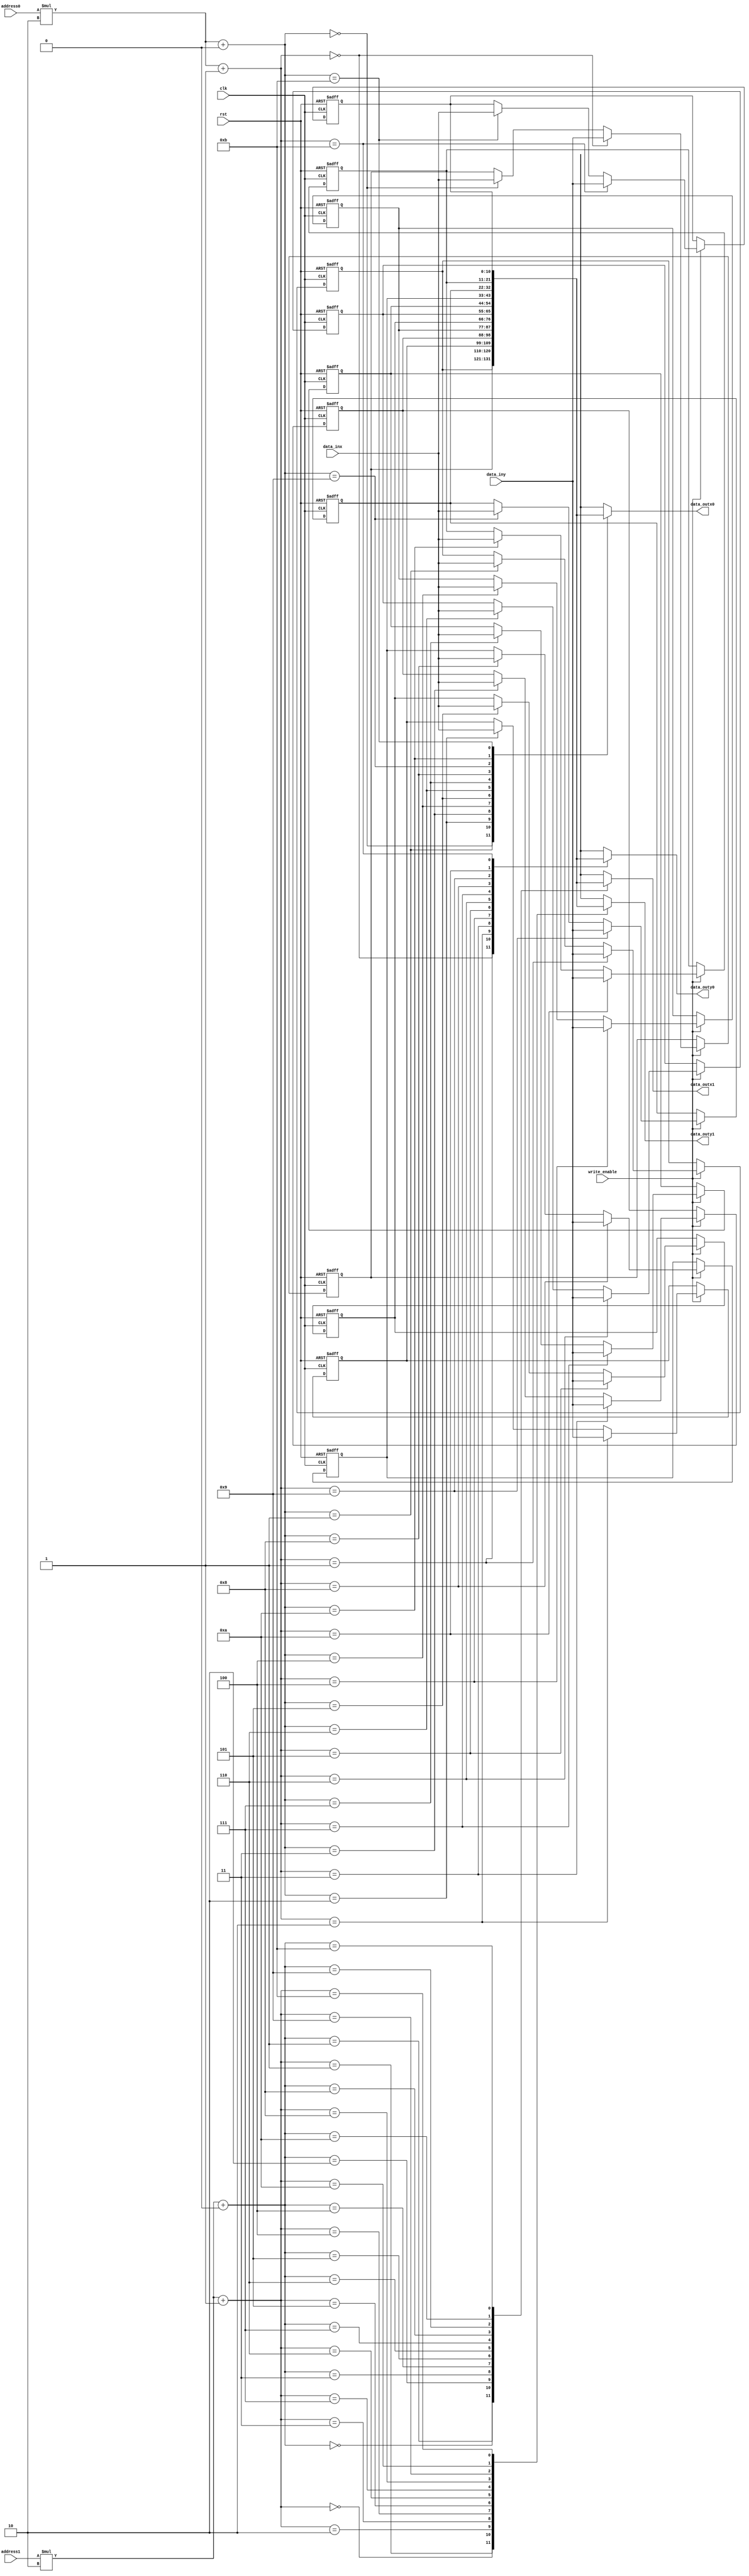
module store_reg2(
		clk,
		rst,
		write_enable,
		address0,
		address1,
		data_inx,
		data_iny,
		data_outx0,
		data_outy0,
		data_outx1,
		data_outy1
);
input	      clk;
input	      rst;
input	      write_enable;
input 	[2:0] address0;
input 	[2:0] address1;
input 	[10:0] data_inx;
input 	[10:0] data_iny;
output  [10:0] data_outx0;
output  [10:0] data_outy0;
output  [10:0] data_outx1;
output  [10:0] data_outy1;
reg [10:0] ANS_REG [5:0][1:0];
integer i;
integer j;
always@(posedge clk or posedge rst)
begin
	if(rst)
	begin
		for(i=0;i<6;i=i+1)
		begin
			for(j=0;j<2;j=j+1)
			begin
				ANS_REG[i][j]<=11'd0;
			end
		end
	end
	else
	begin
		if(write_enable)
		begin
			ANS_REG[address0][0]<=data_inx;
			ANS_REG[address0][1]<=data_iny;
		end
		else
		begin
			for(i=0;i<6;i=i+1)
			begin
				for(j=0;j<2;j=j+1)
				begin
					ANS_REG[i][j]<=ANS_REG[i][j];
				end
			end
		end
	end
end

assign data_outx0=ANS_REG[address0][0];
assign data_outy0=ANS_REG[address0][1];
assign data_outx1=ANS_REG[address1][0];
assign data_outy1=ANS_REG[address1][1];


endmodule